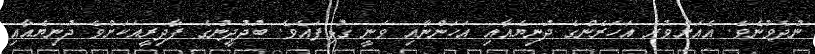
ނުދެވުނެވެެ. އެއަށްވުރެ އަހަރެންގެ ދުނިޔެއާއި އަހަންނާއި ވަނީ ގުޅިފައެވެ. ބުދުދީނުގެ ފާދިރީއަކަށްވެ ދުނިޔެއާއި